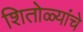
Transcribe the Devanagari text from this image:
शितोळ्यांचे